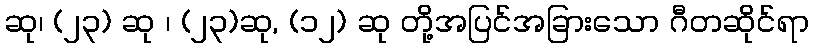
ဆု၊ (၂၃) ဆု ၊ (၂၃)ဆု, (၁၂) ဆု တို့အပြင်အခြားသော ဂီတဆိုင်ရာ